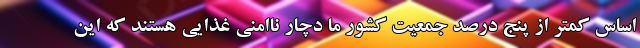
اساس کمتر از پنج درصد جمعیت کشور ما دچار ناامنی غذایی هستند که این